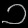
Digit: ၁